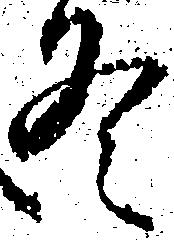
冬